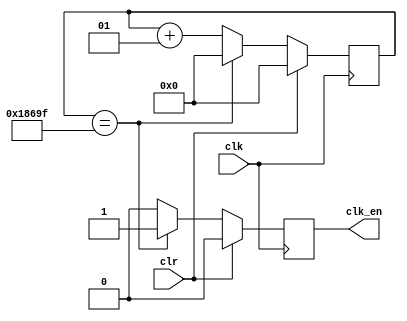
/*******************************************************************************
Clock Enabler outputs a lower frequnecy compared to the input frequency.

Inputs:
    clk:    1-bit clock signal with higher frequency to lower
    clr:    1-bit clear signal

Output:
    clk_en: 1-bit clock enabler signal
*******************************************************************************/

`timescale 1ns / 1ps

module clock_enabler(
    input clk, 
    input clr,
    output reg clk_en
    );
    
    integer count = 0;
    
    // Clock Enabler is activated once every 100000 periods of the original 
    // clock signal (i.e. 100 MHz -> 1k Hz)
    always @(posedge clk) begin
        if (clr == 1) begin
            count <= 0;
            clk_en <= 0;
        end
        else if (count == 99999) begin
            count <= 0;
            clk_en <= 1;
        end 
        else begin
            count <= count + 1;
            clk_en <= 0;
        end
    end
endmodule